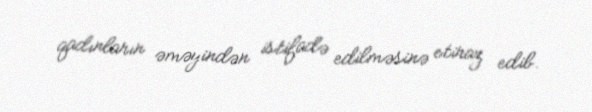
qadınların əməyindən istifadə edilməsinə etiraz edib.